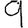
Digit: 9